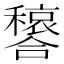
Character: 𫬳